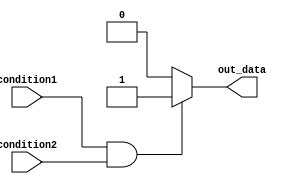
module if_else_logical_and(
    input wire condition1,
    input wire condition2,
    output reg out_data
);

always @* begin
    if (condition1 && condition2) begin
        // Execute statements within the if block
        out_data <= 1'b1;
    end
    else begin
        // Execute statements within the else block
        out_data <= 1'b0;
    end
end

endmodule